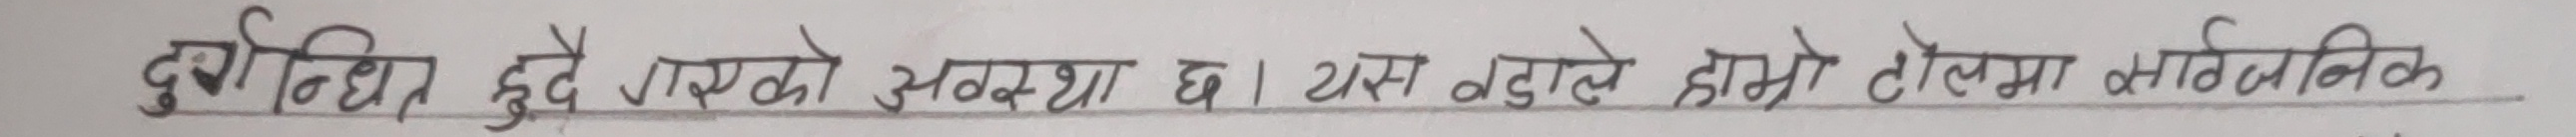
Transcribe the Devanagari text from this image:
दुर्निग्य हुँदै गएको अवस्था छ । यस हुनाले हाम्रो टोलमा सार्वजनिक